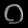
Digit: ၀